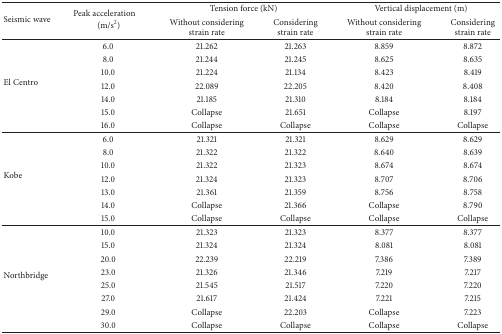
| <ROWSPAN=2> Seismic wave | <ROWSPAN=2> Peak acceleration (m/s2) | <COLSPAN=2> Tension force (kN) | <COLSPAN=2> Vertical displacement (m) |
 | Without considering strain rate | Considering strain rate | Without considering strain rate | Considering strain rate |
 | --- | --- | --- | --- | --- | --- |
 | <ROWSPAN=7> El Centro | 6.0 | 21.262 | 21.263 | 8.859 | 8.872 |
 | 8.0 | 21.244 | 21.245 | 8.625 | 8.635 |
 | 10.0 | 21.224 | 21.134 | 8.423 | 8.419 |
 | 12.0 | 22.089 | 22.205 | 8.420 | 8.408 |
 | 14.0 | 21.185 | 21.310 | 8.184 | 8.184 |
 | 15.0 | Collapse | 21.651 | Collapse | 8.197 |
 | 16.0 | Collapse | Collapse | Collapse | Collapse |
 | <ROWSPAN=7> Kobe | 6.0 | 21.321 | 21.321 | 8.629 | 8.629 |
 | 8.0 | 21.322 | 21.322 | 8.640 | 8.639 |
 | 10.0 | 21.322 | 21.323 | 8.674 | 8.674 |
 | 12.0 | 21.324 | 21.323 | 8.707 | 8.706 |
 | 13.0 | 21.361 | 21.359 | 8.756 | 8.758 |
 | 14.0 | Collapse | 21.366 | Collapse | 8.790 |
 | 15.0 | Collapse | Collapse | Collapse | Collapse |
 | <ROWSPAN=8> Northbridge | 10.0 | 21.323 | 21.323 | 8.377 | 8.377 |
 | 15.0 | 21.324 | 21.324 | 8.081 | 8.081 |
 | 20.0 | 22.239 | 22.219 | 7.386 | 7.389 |
 | 23.0 | 21.326 | 21.346 | 7.219 | 7.217 |
 | 25.0 | 21.545 | 21.517 | 7.220 | 7.220 |
 | 27.0 | 21.617 | 21.424 | 7.221 | 7.215 |
 | 29.0 | Collapse | 22.203 | Collapse | 7.223 |
 | 30.0 | Collapse | Collapse | Collapse | Collapse |